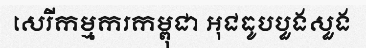
សេរីកម្មករកម្ពុជា អុជធូបបួងសួង